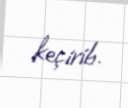
keçirib.